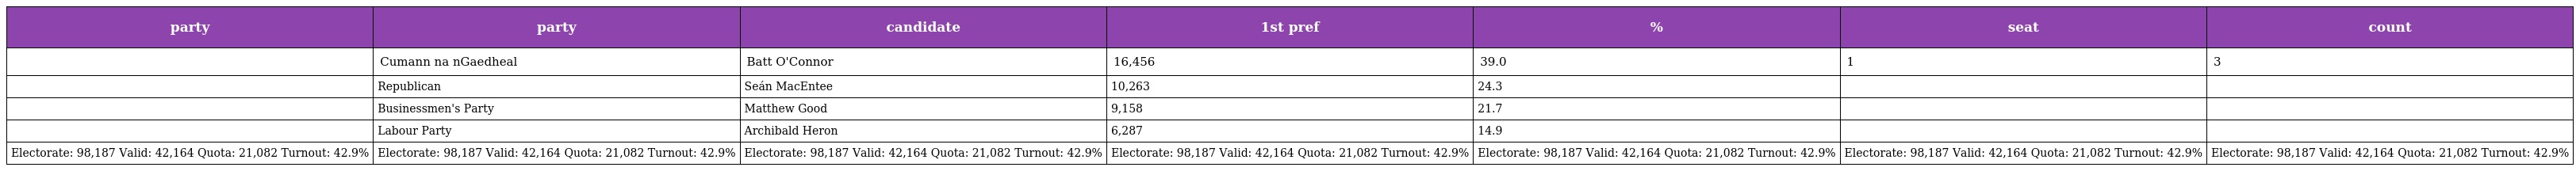
| party | party | candidate | 1st pref | % | seat | count |
 | --- | --- | --- | --- | --- | --- | --- |
 |  | Cumann na nGaedheal | Batt O'Connor | 16,456 | 39.0 | 1 | 3 |
 |  | Republican | Seán MacEntee | 10,263 | 24.3 |  |  |
 |  | Businessmen's Party | Matthew Good | 9,158 | 21.7 |  |  |
 |  | Labour Party | Archibald Heron | 6,287 | 14.9 |  |  |
 | Electorate: 98,187 Valid: 42,164 Quota: 21,082 Turnout: 42.9% | Electorate: 98,187 Valid: 42,164 Quota: 21,082 Turnout: 42.9% | Electorate: 98,187 Valid: 42,164 Quota: 21,082 Turnout: 42.9% | Electorate: 98,187 Valid: 42,164 Quota: 21,082 Turnout: 42.9% | Electorate: 98,187 Valid: 42,164 Quota: 21,082 Turnout: 42.9% | Electorate: 98,187 Valid: 42,164 Quota: 21,082 Turnout: 42.9% | Electorate: 98,187 Valid: 42,164 Quota: 21,082 Turnout: 42.9% |